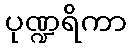
ပုဏ္ဍရိကာ